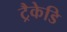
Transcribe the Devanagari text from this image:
ट्रैकेडि